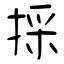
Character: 採